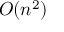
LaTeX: O ( n ^ { 2 } ) \,